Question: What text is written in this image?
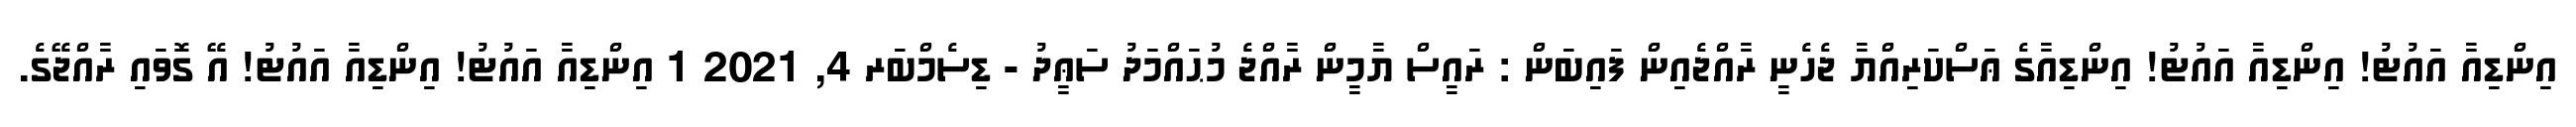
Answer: އިންޑިއާ އައުޓު! އިންޑިއާ އައުޓު! އިންޑިއާގެ ޢަސްކަރިއްޔާ ޖެހެނީ ރާއްޖެއިން ފައިބަން : ރައީސް ޔާމީން ރާއްޖެ މުޙައްމަދު ސަޢީދު - ޑިސެމްބަރ 4, 2021 1 އިންޑިއާ އައުޓު! އިންޑިއާ އައުޓު! އޭ ގޮވައި ރާއްޖޭގެ.